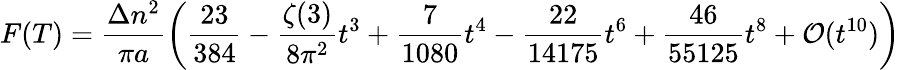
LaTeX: F(T)=\frac{\Delta n^{2}}{\pi a}\left(\frac{23}{384}-\frac{\zeta(3)}{8\pi^{2}}t^{3}+\frac{7}{1080}t^{4}-\frac{22}{14175}t^{6}+\frac{46}{55125}t^{8}+{\cal O}(t^{10})\right)